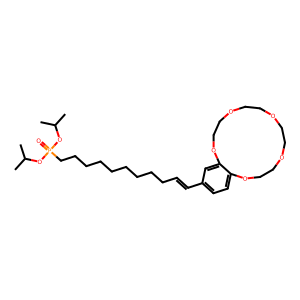
SMILES: CC(C)OP(=O)(CCCCCCCCCC=Cc1ccc2c(c1)OCCOCCOCCOCCO2)OC(C)C
Inhibits HIV replication: No